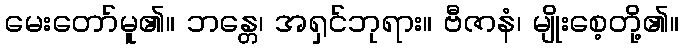
မေးတော်မူ၏။ ဘန္တေ၊ အရှင်ဘုရား။ ဗီဇာနံ၊ မျိုးစေ့တို့၏။